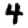
Digit: 4